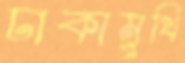
ঢাকামুখি